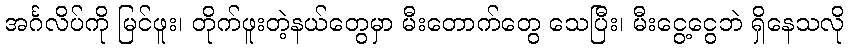
အင်္ဂလိပ်ကို မြင်ဖူး၊ တိုက်ဖူးတဲ့နယ်တွေမှာ မီးတောက်တွေ သေပြီး၊ မီးငွေ့ငွေဘဲ ရှိနေသလို